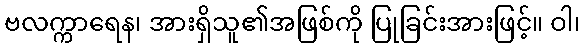
ဗလက္ကာရေန၊ အားရှိသူ၏အဖြစ်ကို ပြုခြင်းအားဖြင့်။ ဝါ၊